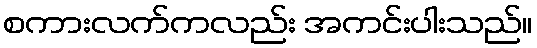
စကားလက်ကလည်း အကင်းပါးသည်။